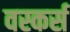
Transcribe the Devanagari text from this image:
वस्कर्स